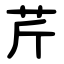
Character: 芹